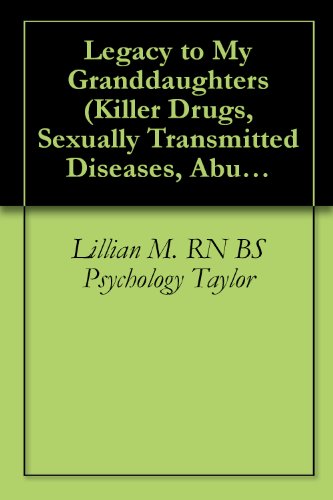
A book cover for Legacy to My Granddaughters (Killer Drugs, Sexually Transmitted Diseases, Abusive Relationships); Lillian M. Taylor RN BS Psychology; Teen & Young Adult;